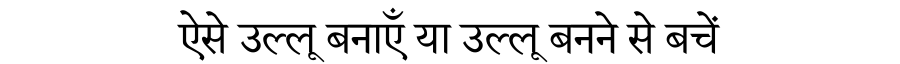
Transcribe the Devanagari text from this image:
ऐसे उल्लू बनाएँ या उल्लू बनने से बचें